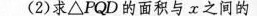
(2)求\bigtriangleup PQD的面积与α之间的